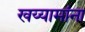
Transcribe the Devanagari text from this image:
खय्यामांना